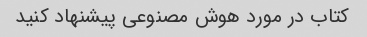
کتاب در مورد هوش مصنوعی پیشنهاد کنید